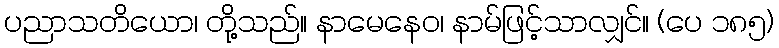
ပညာသတိယော၊ တို့သည်။ နာမေနေဝ၊ နာမ်ဖြင့်သာလျှင်။ (ပေ ၁၈၅)